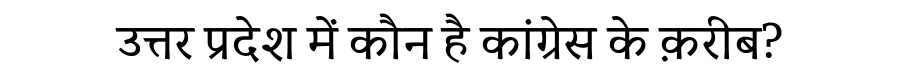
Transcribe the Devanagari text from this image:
उत्तर प्रदेश में कौन है कांग्रेस के क़रीब?